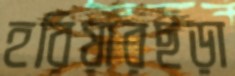
হরিয়ারছড়া